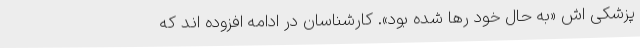
پزشکی اش «به حال خود رها شده بود». کارشناسان در ادامه افزوده اند که